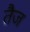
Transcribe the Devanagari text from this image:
तैज